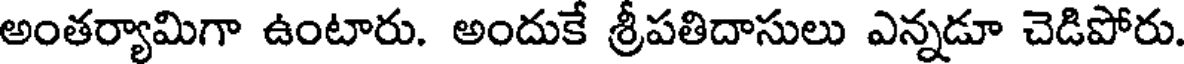
అంతర్యామిగా ఉంటారు. అందుకే శ్రీపతిదాసులు ఎన్నడూ చెడిపోరు.